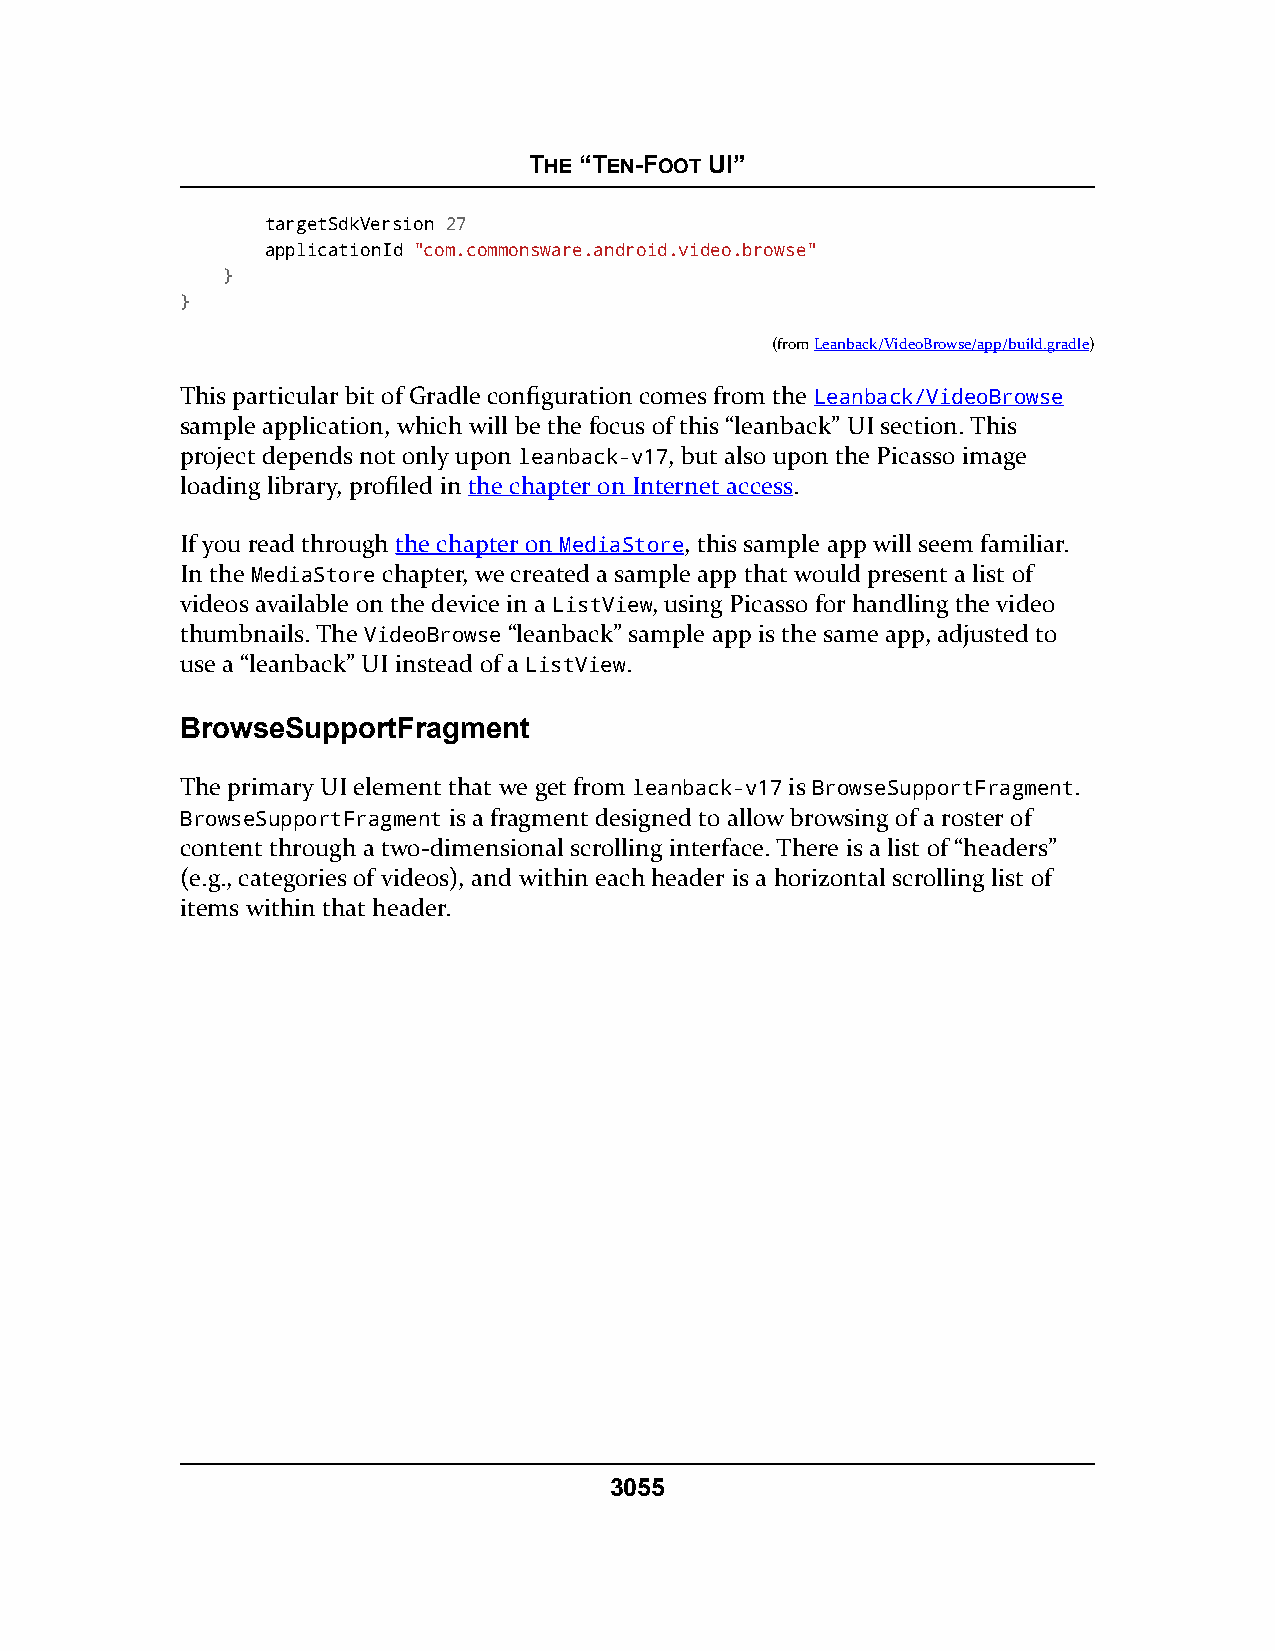
THE “TEN-FOOT UI”
 targetSdkVersion 27
 applicationId "com.commonsware.android.video.browse"
 }
 }
 (fromLeanback/VideoBrowse/app/build.gradle)
 This particular bit of Gradle configuration comes from the Leanback/VideoBrowse
 sample application, which will be the focus of this “leanback” UI section. This
 project depends not only upon leanback-v17, but also upon the Picasso image
 loading library, profiled in the chapter on Internet access.
 If you read through the chapter on MediaStore, this sample app will seem familiar.
 In the MediaStore chapter, we created a sample app that would present a list of
 videos available on the device in a ListView, using Picasso for handling the video
 thumbnails. The VideoBrowse “leanback” sample app is the same app, adjusted to
 use a “leanback” UI instead of a ListView.
 BrowseSupportFragment
 The primary UI element that we get from leanback-v17 is BrowseSupportFragment.
 BrowseSupportFragment is a fragment designed to allow browsing of a roster of
 content through a two-dimensional scrolling interface. There is a list of “headers”
 (e.g., categories of videos), and within each header is a horizontal scrolling list of
 items within that header.
 3055